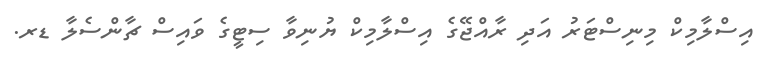
އިސްލާމިކް މިނިސްޓަރު އަދި ރާއްޖޭގެ އިސްލާމިކް ޔުނިވާ ސިޓީގެ ވައިސް ޗާންސެލާ ޑރ.